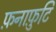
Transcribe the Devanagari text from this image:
फ़नाफ़ुटि